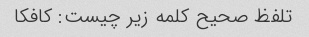
تلفظ صحیح کلمه زیر چیست: کافکا